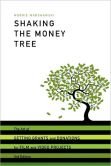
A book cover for Shaking the Money Tree: How to Get Grants and Donations for Film and Video Projects; Morrie Warshawski; Humor & Entertainment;